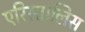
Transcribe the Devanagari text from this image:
एरिस्तालिस